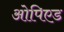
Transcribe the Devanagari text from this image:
ओपिएड